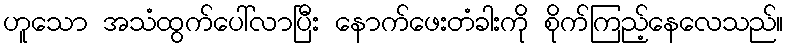
ဟူသော အသံထွက်ပေါ်လာပြီး နောက်ဖေးတံခါးကို စိုက်ကြည့်နေလေသည်။